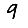
Digit: 9